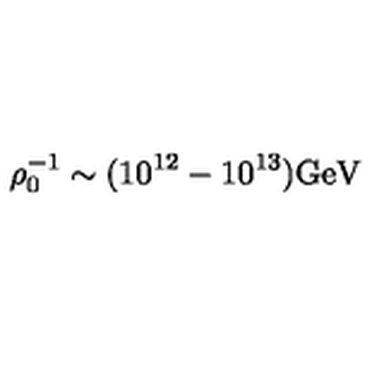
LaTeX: \rho _ { 0 } ^ { - 1 } \sim ( 1 0 ^ { 1 2 } - 1 0 ^ { 1 3 } ) \mathrm { G e V }